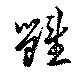
雝